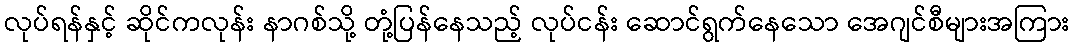
လုပ်ရန်နှင့် ဆိုင်ကလုန်း နာဂစ်သို့ တုံ့ပြန်နေသည့် လုပ်ငန်း ဆောင်ရွက်နေသော အေဂျင်စီများအကြား